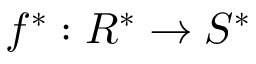
f ^ { * } : R ^ { * } \to S ^ { * }